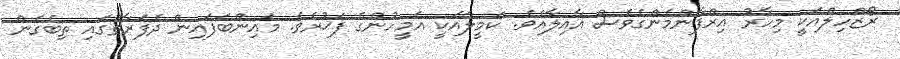
ރޯޒްހިލްއަކީ މިހާރު އިރްފާންމެންގެވެސް އާއިލާއެވެ. ކަމީލާއަކީ އެމީހުންގެ ފަޚުރެވެ. މައިންބަފައިން ދެފަރާތުގައި ތިބެގެން